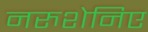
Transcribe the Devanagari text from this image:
नरुशेनिए